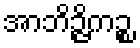
အာဘိဉ္ဇိကဉ္စ